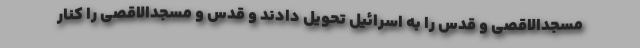
مسجدالاقصی و قدس را به اسرائیل تحویل دادند و قدس و مسجدالاقصی را کنار